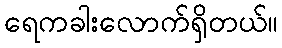
ရေကခါးလောက်ရှိတယ်။